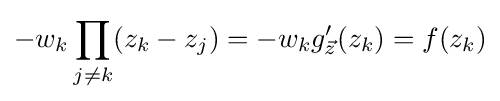
-w_{k}\prod _{j\neq k}(z_{k}-z_{j})=-w_{k}g_{\vec {z}}'(z_{k})=f(z_{k})